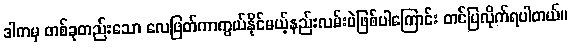
ဒါကမှ တစ်ခုတည်းသော လေဖြတ်ကာကွယ်နိုင်မယ့်နည်းလမ်းပဲဖြစ်ပါကြောင်း တင်ပြလိုက်ရပါတယ်။